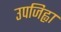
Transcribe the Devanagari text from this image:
उपजिह्वा